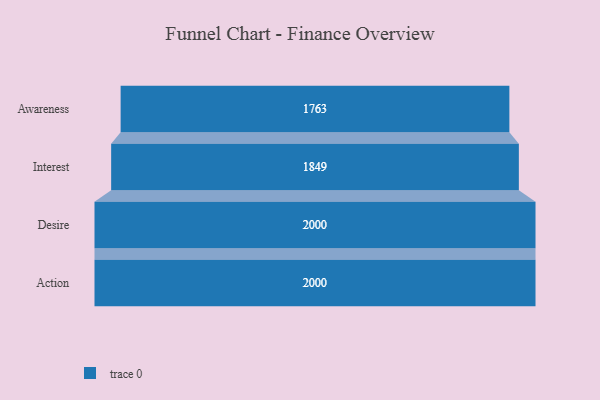
{"axis": {"x": "Stage", "y": "Value"}, "legend": [""], "data": [{"x": "Awareness", "y": 1763.0, "type": ""}, {"x": "Interest", "y": 1849.0, "type": ""}, {"x": "Desire", "y": 2000, "type": ""}, {"x": "Action", "y": 2000, "type": ""}]}